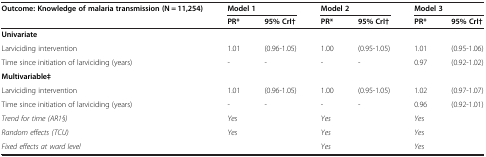
<table><thead><tr><td><b>Outcome: Knowledge of malaria transmission (N = 11,254)</b></td><td colspan="2"><b>Model 1</b></td><td colspan="2"><b>Model 2</b></td><td colspan="2"><b>Model 3</b></td></tr><tr><td><b> </b></td><td><b>PR*</b></td><td><b>95% CrI†</b></td><td><b>PR*</b></td><td><b>95% CrI†</b></td><td><b>PR*</b></td><td><b>95% CrI†</b></td></tr></thead><tbody><tr><td><b>Univariate</b></td><td> </td><td> </td><td> </td><td> </td><td> </td><td> </td></tr><tr><td>Larviciding intervention</td><td>1.01</td><td>(0.96-1.05)</td><td>1.00</td><td>(0.95-1.05)</td><td>1.01</td><td>(0.95-1.06)</td></tr><tr><td>Time since initiation of larviciding (years)</td><td>-</td><td>-</td><td>-</td><td>-</td><td>0.97</td><td>(0.92-1.02)</td></tr><tr><td><b>Multivariable‡</b></td><td> </td><td> </td><td> </td><td> </td><td> </td><td> </td></tr><tr><td>Larviciding intervention</td><td>1.01</td><td>(0.96-1.05)</td><td>1.00</td><td>(0.95-1.05)</td><td>1.02</td><td>(0.97-1.07)</td></tr><tr><td>Time since initiation of larviciding (years)</td><td>-</td><td>-</td><td>-</td><td>-</td><td>0.96</td><td>(0.92-1.01)</td></tr><tr><td><i>Trend for time (AR1§)</i></td><td colspan="2"><i>Yes</i></td><td colspan="2"><i>Yes</i></td><td colspan="2"><i>Yes</i></td></tr><tr><td><i>Random effects (TCU)</i></td><td colspan="2"><i>Yes</i></td><td colspan="2"><i>Yes</i></td><td colspan="2"><i>Yes</i></td></tr><tr><td><i>Fixed effects at ward level</i></td><td colspan="2"> </td><td colspan="2"><i>Yes</i></td><td colspan="2"><i>Yes</i></td></tr></tbody></table>